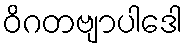
ဝိဂတဗျာပါဒေါ